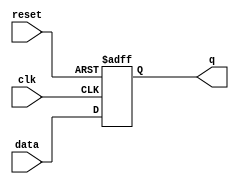
`timescale 1ns / 1ps
//////////////////////////////////////////////////////////////////////////////////
// Company: 
// Engineer: 
// 
// Design Name: 
// Module Name:    FFD 
// Project Name: 
// Target Devices: 
// Tool versions: 
// Description: 
//
// Dependencies: 
//
// Revision: 
// Revision 0.01 - File Created
// Additional Comments: 
//
//////////////////////////////////////////////////////////////////////////////////
//-----------------------------------------------------
// Design Name : dff_async_reset
// Function    : D flip-flop async reset
// Coder       : Deepak Kumar Tala
//-----------------------------------------------------
module FFD (
data  , // Data Input
clk    , // Clock Input
reset , // Reset input 
q         // Q output
);
//-----------Input Ports---------------
input data, clk, reset ; 

//-----------Output Ports---------------
output q;

//------------Internal Variables--------
reg q;

//-------------Code Starts Here---------
always @ ( posedge clk or negedge reset)
if (~reset) begin
  q <= 1'b0;
end  else begin
  q <= data;
end

endmodule //End Of Module dff_async_reset